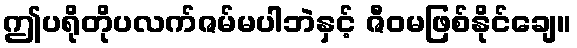
ဤပရိုတိုပလက်ဇမ်မပါဘဲနှင့် ဇီဝမဖြစ်နိုင်ချေ။